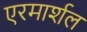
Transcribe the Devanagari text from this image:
एरमार्शल